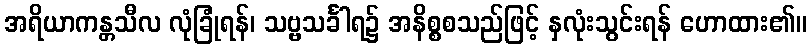
အရိယာကန္တသီလ လုံခြုံရန်၊ သဗ္ဗသင်္ခါရ၌ အနိစ္စစသည်ဖြင့် နှလုံးသွင်းရန် ဟောထား၏။